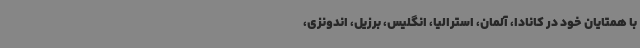
با همتایان خود در کانادا، آلمان، استرالیا، انگلیس، برزیل، اندونزی،